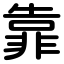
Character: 靠